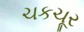
ચકચૂર